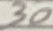
Text: 30